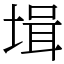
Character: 𡎎